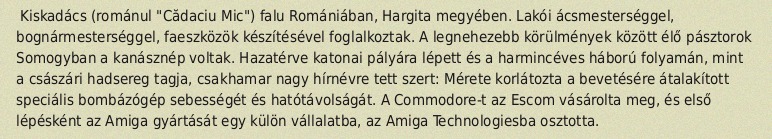
Kiskadács (románul "Cădaciu Mic") falu Romániában, Hargita megyében. Lakói ácsmesterséggel, bognármesterséggel, faeszközök készítésével foglalkoztak. A legnehezebb körülmények között élő pásztorok Somogyban a kanásznép voltak. Hazatérve katonai pályára lépett és a harmincéves háború folyamán, mint a császári hadsereg tagja, csakhamar nagy hírnévre tett szert: Mérete korlátozta a bevetésére átalakított speciális bombázógép sebességét és hatótávolságát. A Commodore-t az Escom vásárolta meg, és első lépésként az Amiga gyártását egy külön vállalatba, az Amiga Technologiesba osztotta.